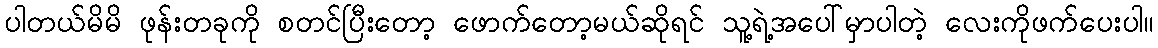
ပါတယ်မိမိ ဖုန်းတခုကို စတင်ပြီးတော့ ဖောက်တော့မယ်ဆိုရင် သူ့ရဲ့အပေါ်မှာပါတဲ့ လေးကိုဖက်ပေးပါ။